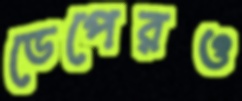
ডেপেরও